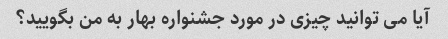
آیا می توانید چیزی در مورد جشنواره بهار به من بگویید؟